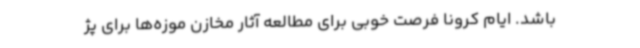
باشد. ایام کرونا فرصت خوبی برای مطالعه آثار مخازن موزه‌ها برای پژ